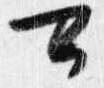
可